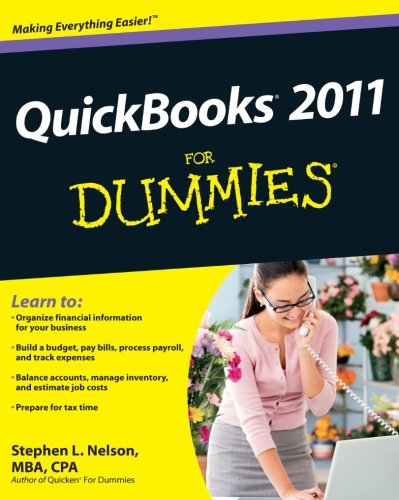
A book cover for QuickBooks 2011 For Dummies; Stephen L. Nelson; Computers & Technology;